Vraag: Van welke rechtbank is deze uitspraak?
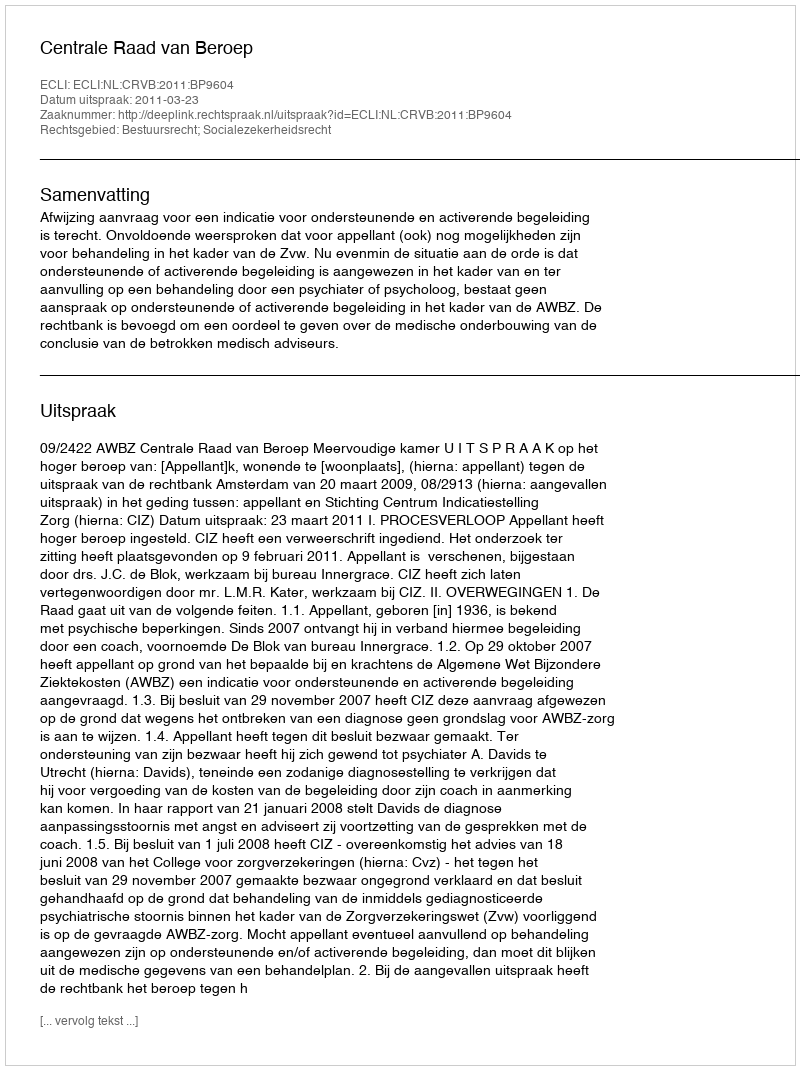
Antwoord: Centrale Raad van Beroep